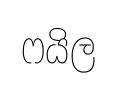
ෆයිල